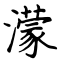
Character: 濛